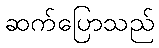
ဆက်ပြောသည်